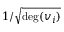
1 / { \sqrt { \deg ( v _ { i } ) } }